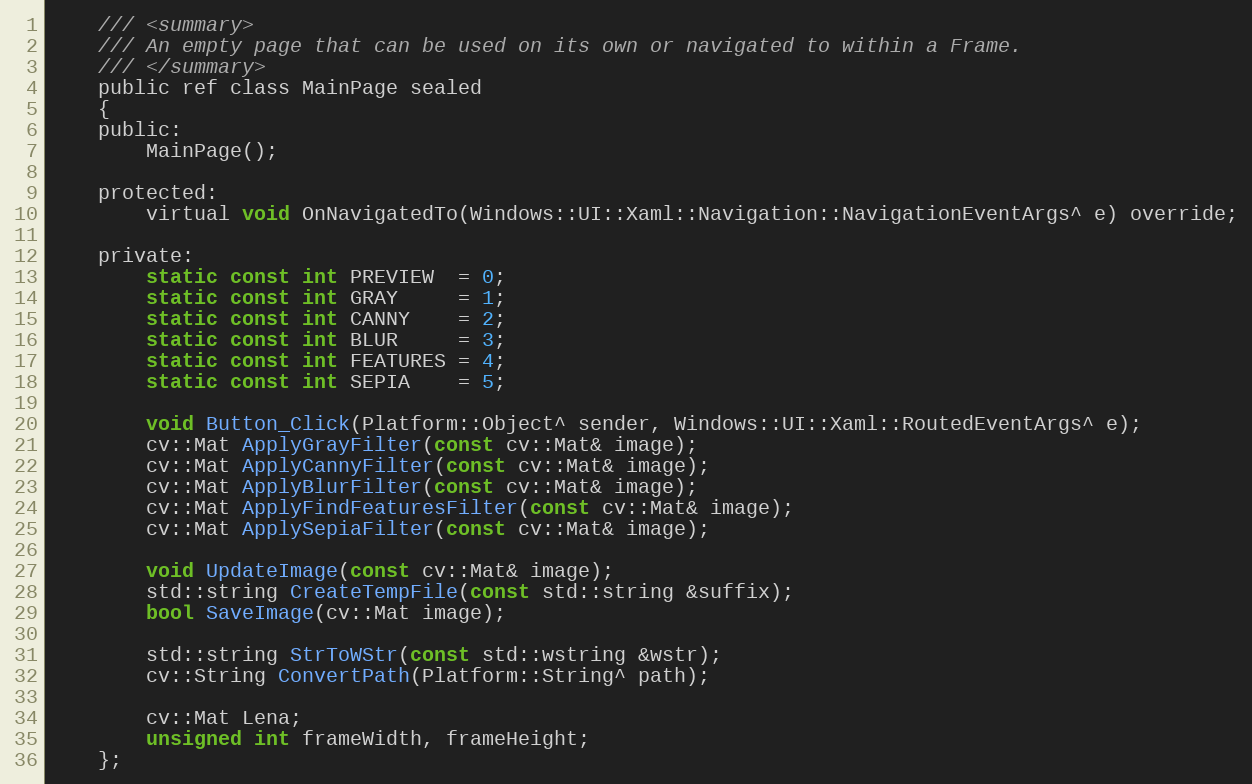
Language: C
    /// <summary>
    /// An empty page that can be used on its own or navigated to within a Frame.
    /// </summary>
    public ref class MainPage sealed
    {
    public:
        MainPage();

    protected:
        virtual void OnNavigatedTo(Windows::UI::Xaml::Navigation::NavigationEventArgs^ e) override;

    private:
        static const int PREVIEW  = 0;
        static const int GRAY     = 1;
        static const int CANNY    = 2;
        static const int BLUR     = 3;
        static const int FEATURES = 4;
        static const int SEPIA    = 5;

        void Button_Click(Platform::Object^ sender, Windows::UI::Xaml::RoutedEventArgs^ e);
        cv::Mat ApplyGrayFilter(const cv::Mat& image);
        cv::Mat ApplyCannyFilter(const cv::Mat& image);
        cv::Mat ApplyBlurFilter(const cv::Mat& image);
        cv::Mat ApplyFindFeaturesFilter(const cv::Mat& image);
        cv::Mat ApplySepiaFilter(const cv::Mat& image);

        void UpdateImage(const cv::Mat& image);
        std::string CreateTempFile(const std::string &suffix);
        bool SaveImage(cv::Mat image);

        std::string StrToWStr(const std::wstring &wstr);
        cv::String ConvertPath(Platform::String^ path);

        cv::Mat Lena;
        unsigned int frameWidth, frameHeight;
    };